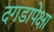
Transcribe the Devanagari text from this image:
दगडापेक्षा